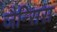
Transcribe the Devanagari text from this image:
जैन्सिस